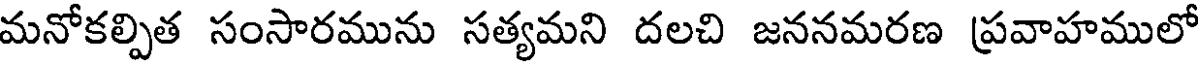
మనోకల్పిత సంసారమును సత్యమని దలచి జననమరణ ప్రవాహములో